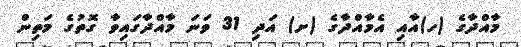
މާއްދާގެ (ހ)އާއި އެމާއްދާގެ (ށ) އަދި 31 ވަނަ މާއްދާގައިވާ ގޮތުގެ މަތިން